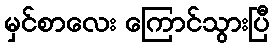
မှင်စာလေး ကြောင်သွားပြီ